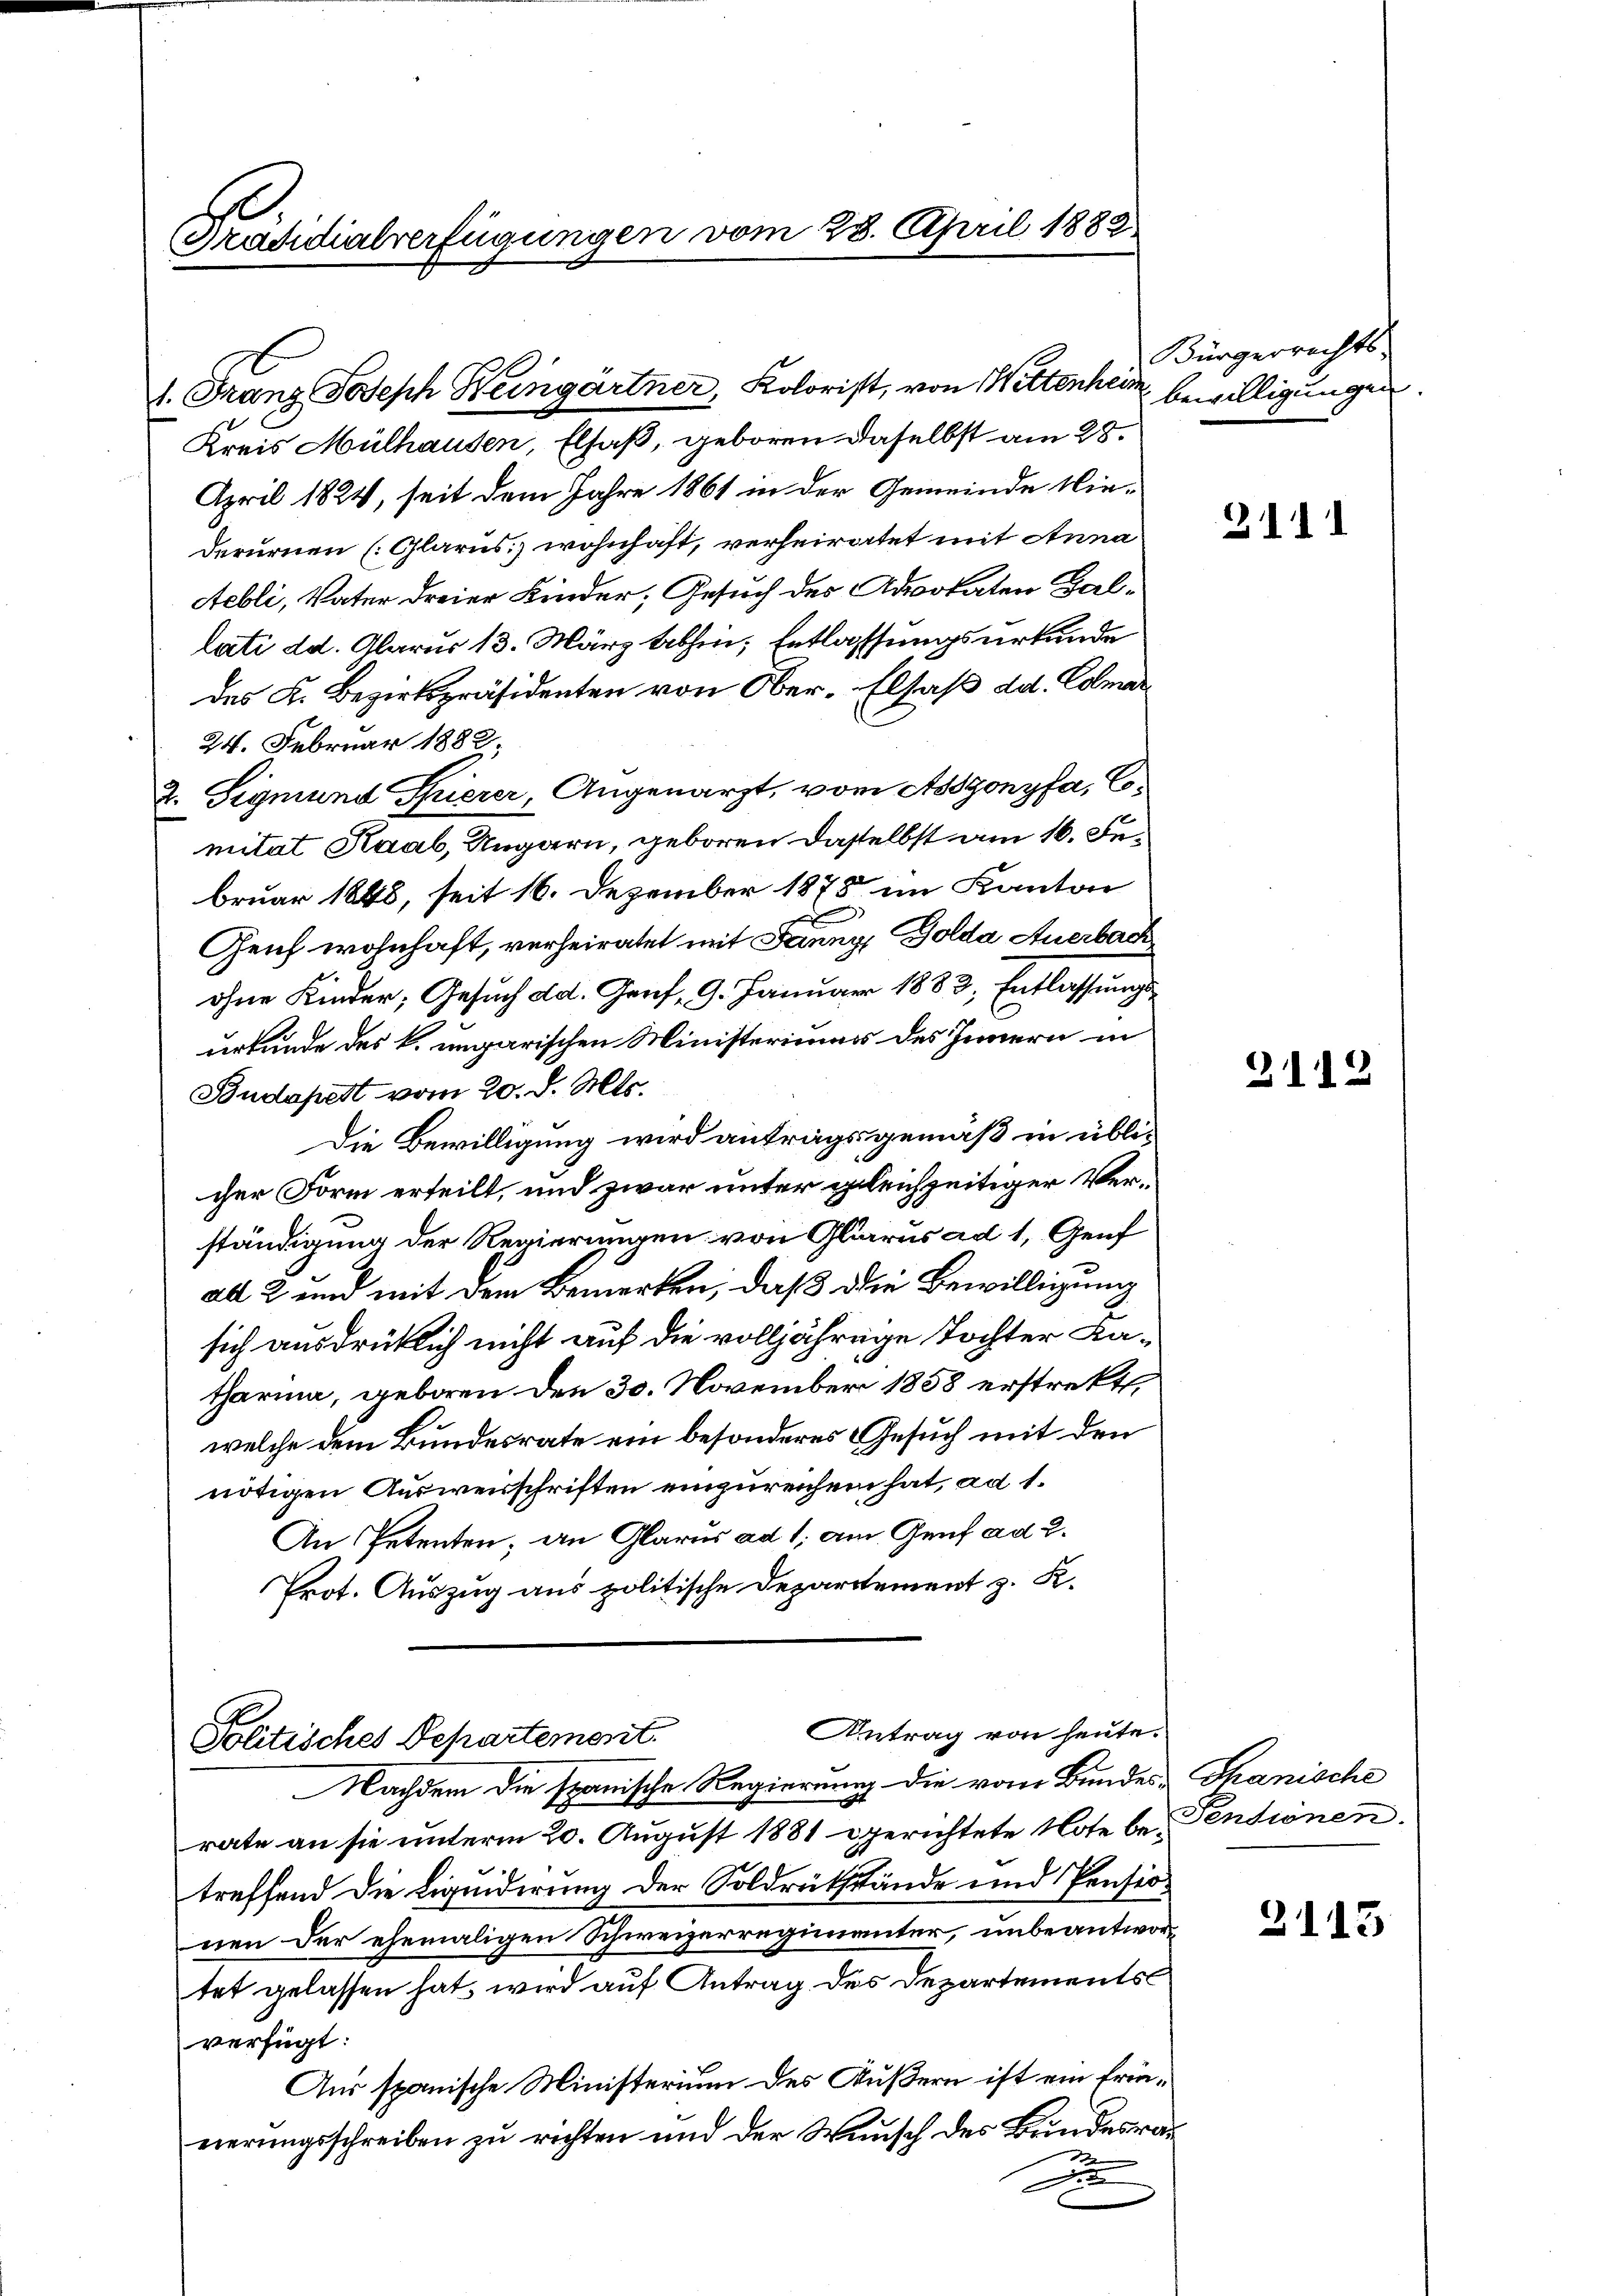
Präsidialverfügungen vom 28. April 1882

Kreis Mülhausen, Elsaß, geboren daselbst am 28.
April 1824, seit dem Jahre 1861 in der Gemeinde Niederurnen (Glarus) wohnhaft, verheiratet mit Anna
Aebli, Vater dreier Kinder; Gesuch des Advokaten Ballati da. Glarus 13. März abhin, Entlassungsurkunde
des K. Bezirkspräsidenten von Ober-Elsaß dd. Colmar
24. Februar 1882
2. Sigmund Spierer, Angenarzt, vom Assgonyfa, Comitat Haab, Ungarn, geboren dasselbst am 16. Februar 1848, seit 16. Dezember 1878 im Kanton
Geich wohnhaft, verheiratet mit Fanny, Golda Auerbach
ohne Kinder, Gesuch ad. Graf, 9. Januar 1883, Entlassungsurkunde des k. ungarischen Ministeriums des Innern in
Budapest vom 20. d. Mts.
Die Bewilligung wird antragsgemäß in übli-
cher Form erteilt, und zwar unter gleichzeitiger Verständigung der Regierungen von Glarus ad 1, Genf
all 2 und mit dem Bemerken, daß die Bewilligung
sich ausdrücklich nicht auf die volljährige Tochter Latharina, geboren den 30. November 1858 erstrekt.
welche dem Bundesrate ein besonderes Gesuch mit den
nötigen Ausweisschriften einzureichen hat, ad 1.
An Petenten; an Glarus ad 1, am Genf ad 2.
Prot. Auszug aus politische Departement z. K.

1. Franz Joseph Heingärtner, Kolorist, von Wittenheim bewilligungen.

Antrag von heute.
Politisches Departement.
Nachdem die spanische Regierung die vom Bundes-Thanische

Bürgerrechts-

rate an sie unterm 20. August 1881 gerichtete Note be- Pensionen.
treffend die Liquidirung der Soldrükstände und Pensio
nen der ehemaligen Schweizerregimenter, unbeantwortet gelassen hat, wird auf Antrag des Departements
verfügt:
Aus spanische Ministerium des Äußern ist ein frienierungsschreiben zu richten und der Wunsch des Bundesraxx

3111

311.

113